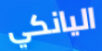
اليانكي